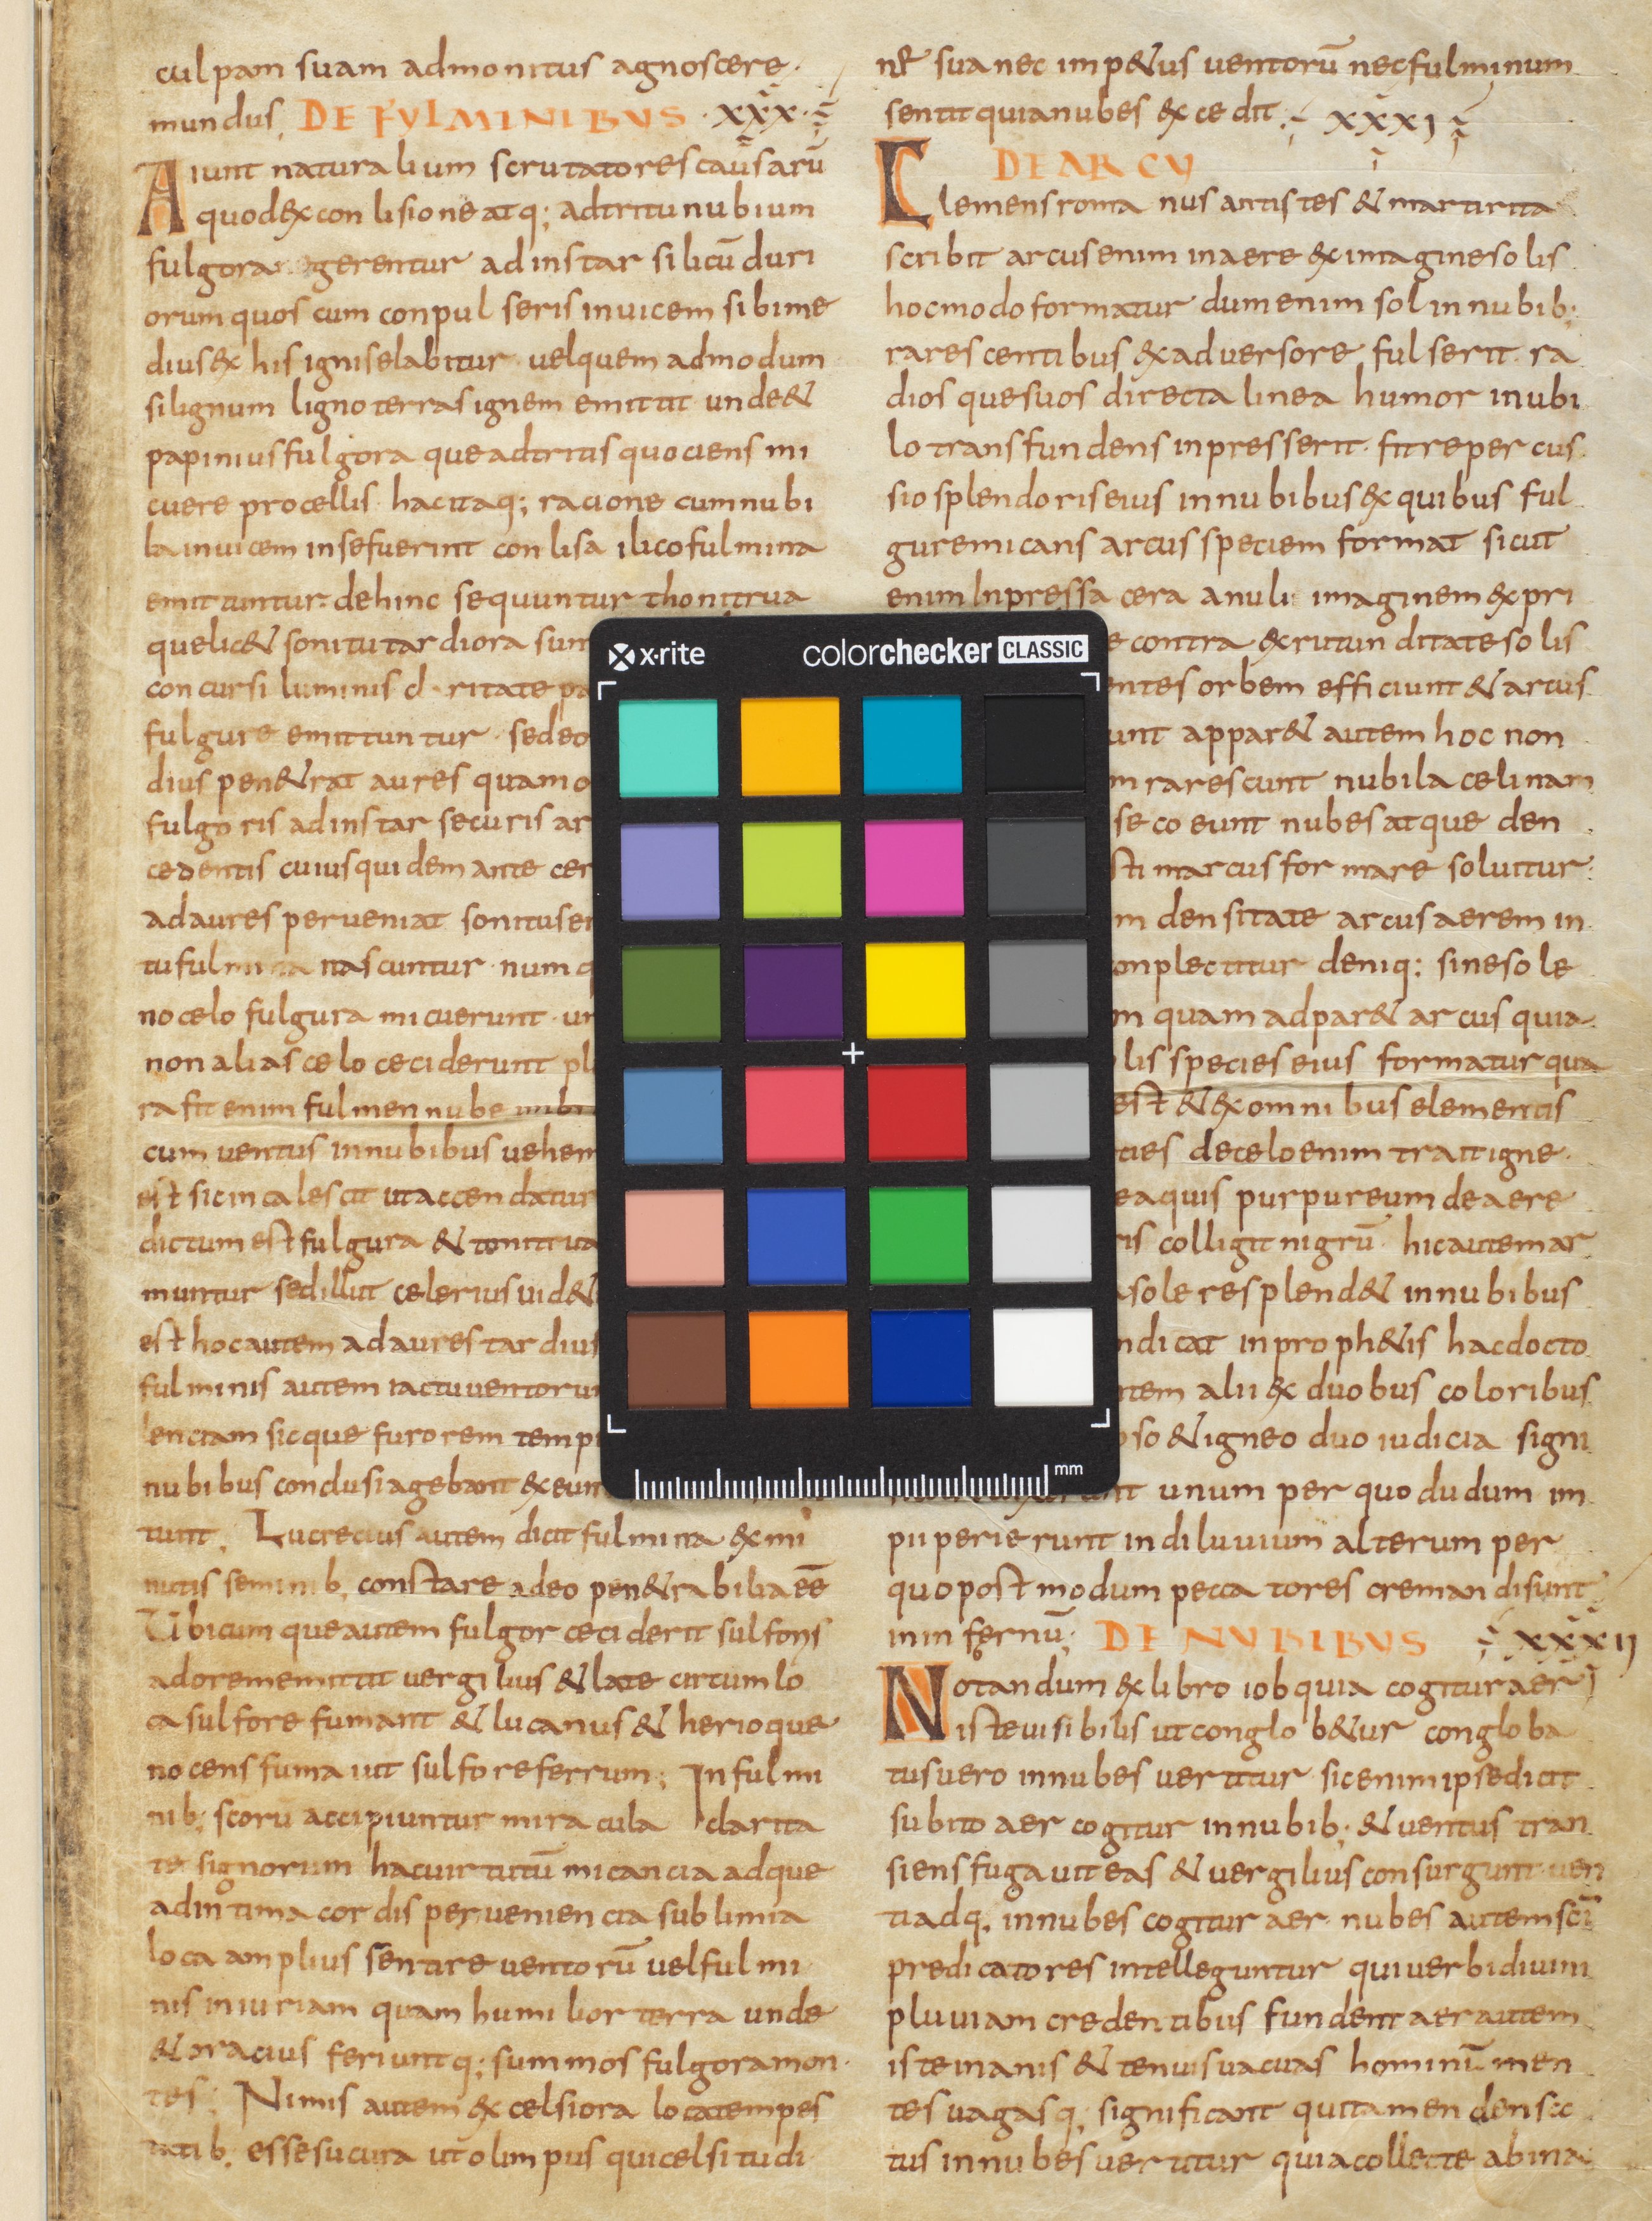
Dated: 800–999